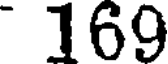
169